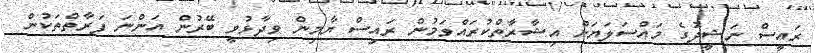
ރައީސް ނަޝީދުގެ މައްސަލަޔަށް އިޝާރާތްކުރައްވަމުން ރައިސް ޔާމިން ވިދާޅުވީ ބޭރުން އަންނަ ފަރާތްތަކުން